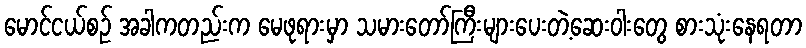
မောင်ငယ်စဉ် အခါကတည်းက မေဖုရားမှာ သမားတော်ကြီးများပေးတဲ့ဆေးဝါးတွေ စားသုံးနေရတာ